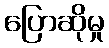
ပြောဆိုမှု